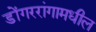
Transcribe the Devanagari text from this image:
डोंगररांगामधील